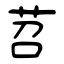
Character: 苕